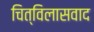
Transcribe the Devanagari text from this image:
चित्विलासवाद